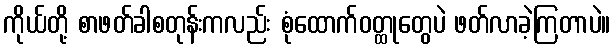
ကိုယ်တို့ စာဖတ်ခါစတုန်းကလည်း စုံထောက်ဝတ္ထုတွေပဲ ဖတ်လာခဲ့ကြတာပဲ။